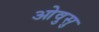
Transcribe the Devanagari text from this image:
ओवुसु